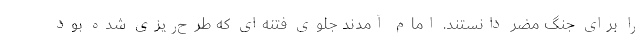
را برای جنگ مضر دانستند. امام آمدند جلوی فتنه‌ای که طرح‌ریزی شده بود